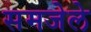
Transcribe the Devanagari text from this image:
समजेले